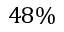
4 8 \%